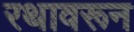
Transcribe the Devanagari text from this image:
रथावरून